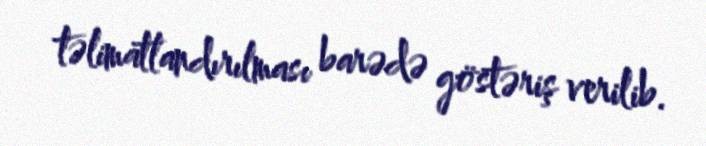
təlimatlandırılması barədə göstəriş verilib.